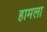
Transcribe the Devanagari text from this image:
हामला